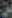
بن